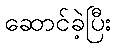
ဆောင်ခဲ့ပြီး